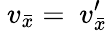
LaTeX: \ v_{\bar{x}}=\ v_{\bar{x}}^{\prime}